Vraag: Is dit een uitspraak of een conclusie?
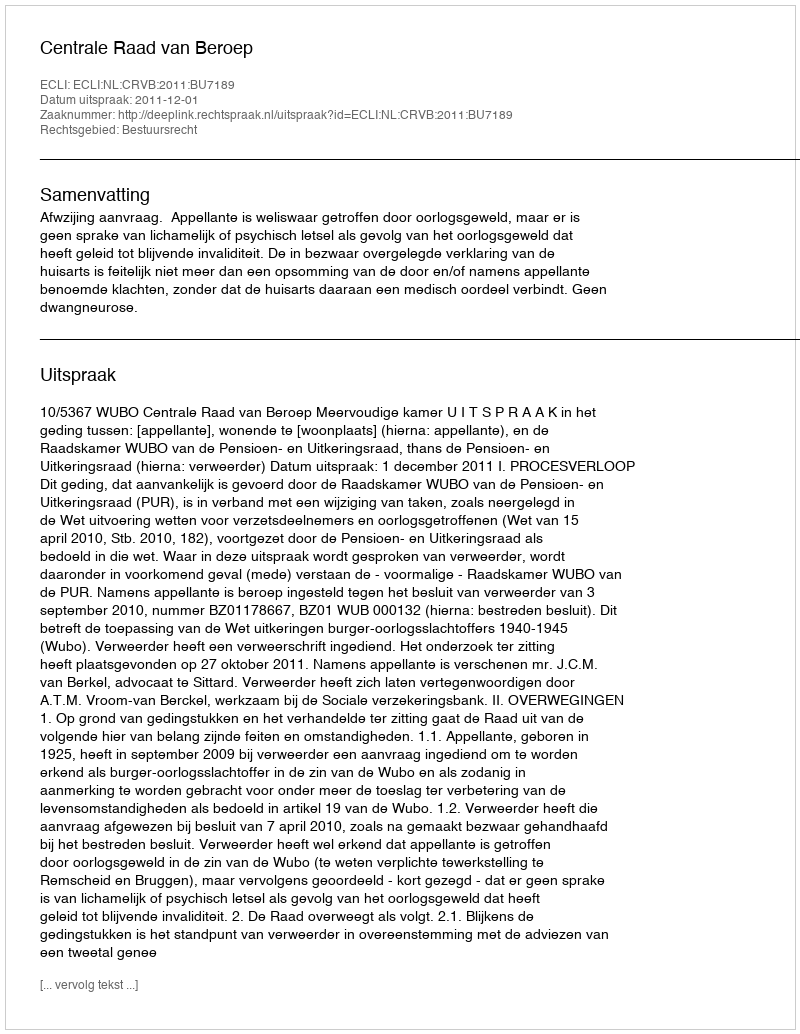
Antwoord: Uitspraak